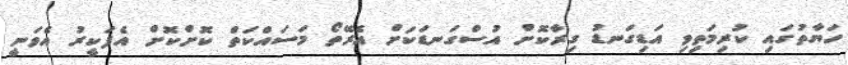
ހަޔާތުގައި ކުރިމަތިވި އަޑިގަނޑު ގިރާކޮށް އުސްގަނޑަކަށް އެރޭތޯ މަސައްކަތް ކޮށްކޮށް އެފަކީރު އެވަނީ